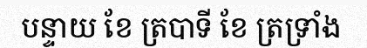
បន្ទាយ ខែ ត្របាទី ខែ ត្រទ្រាំង